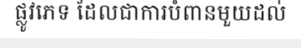
ផ្លូវភេទ ដែលជាការបំពានមួយដល់